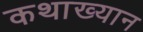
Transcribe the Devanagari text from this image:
कथाख्यान